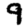
Digit: 9